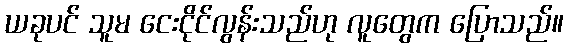
ယခုပင် သူမ ငေးငိုင်လွန်းသည်ဟု လူတွေက ပြောသည်။